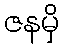
ဇနမှိ